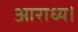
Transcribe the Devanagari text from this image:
आराध्य।